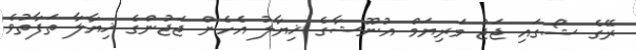
ރޭގެ ޝޯގައި ޖަޖު މަރިޔަމް އުނޫޝާގެެ ޚިޔާލު އެހެން ޖަޖުންގެ ޚިޔާލާ ތަފާތުވެ